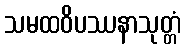
သမထဝိပဿနာသုတ္တံ